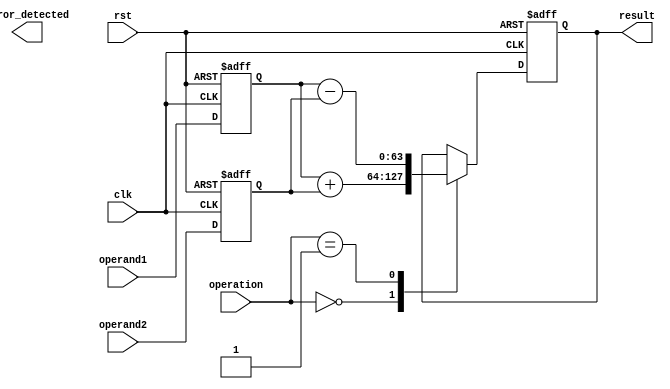
module floating_point_unit (
    input wire clk,
    input wire rst,
    // Inputs for operands and operations
    input wire [63:0] operand1,
    input wire [63:0] operand2,
    input wire [2:0] operation,

    // Outputs for result and error detection
    output reg [63:0] result,
    output reg error_detected
);
// Components
// Floating point adder/subtractor
// Floating point multiplier
// Control unit to manage operations and data flow
// Registers for storing operands and results
reg [63:0] reg_operand1;
reg [63:0] reg_operand2;
reg [63:0] reg_result;

// Error detection and handling mechanisms
reg error_detected;

// Floating point format converter
// Instruction decoding and execution logic

// Adder/Subtractor
always @ (posedge clk or posedge rst) begin
    if (rst) begin
        reg_operand1 <= 64'h0;
        reg_operand2 <= 64'h0;
        reg_result <= 64'h0;
    end else begin
        reg_operand1 <= operand1;
        reg_operand2 <= operand2;
        case(operation)
            3'b000: reg_result <= reg_operand1 + reg_operand2; //addition
            3'b001: reg_result <= reg_operand1 - reg_operand2; //subtraction
        endcase
    end
end

// Multiplier

// Control unit

// Error detection

// Format converter

// Instruction decoding and execution logic

// Testbench - not included in this module


assign result = reg_result;
assign error_detected = error_detected;

endmodule